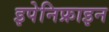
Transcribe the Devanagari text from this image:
इपेनिफ्राइन